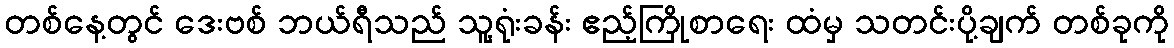
တစ်နေ့တွင် ဒေးဗစ် ဘယ်ရီသည် သူ့ရုံးခန်း ဧည့်ကြိုစာရေး ထံမှ သတင်းပို့ချက် တစ်ခုကို